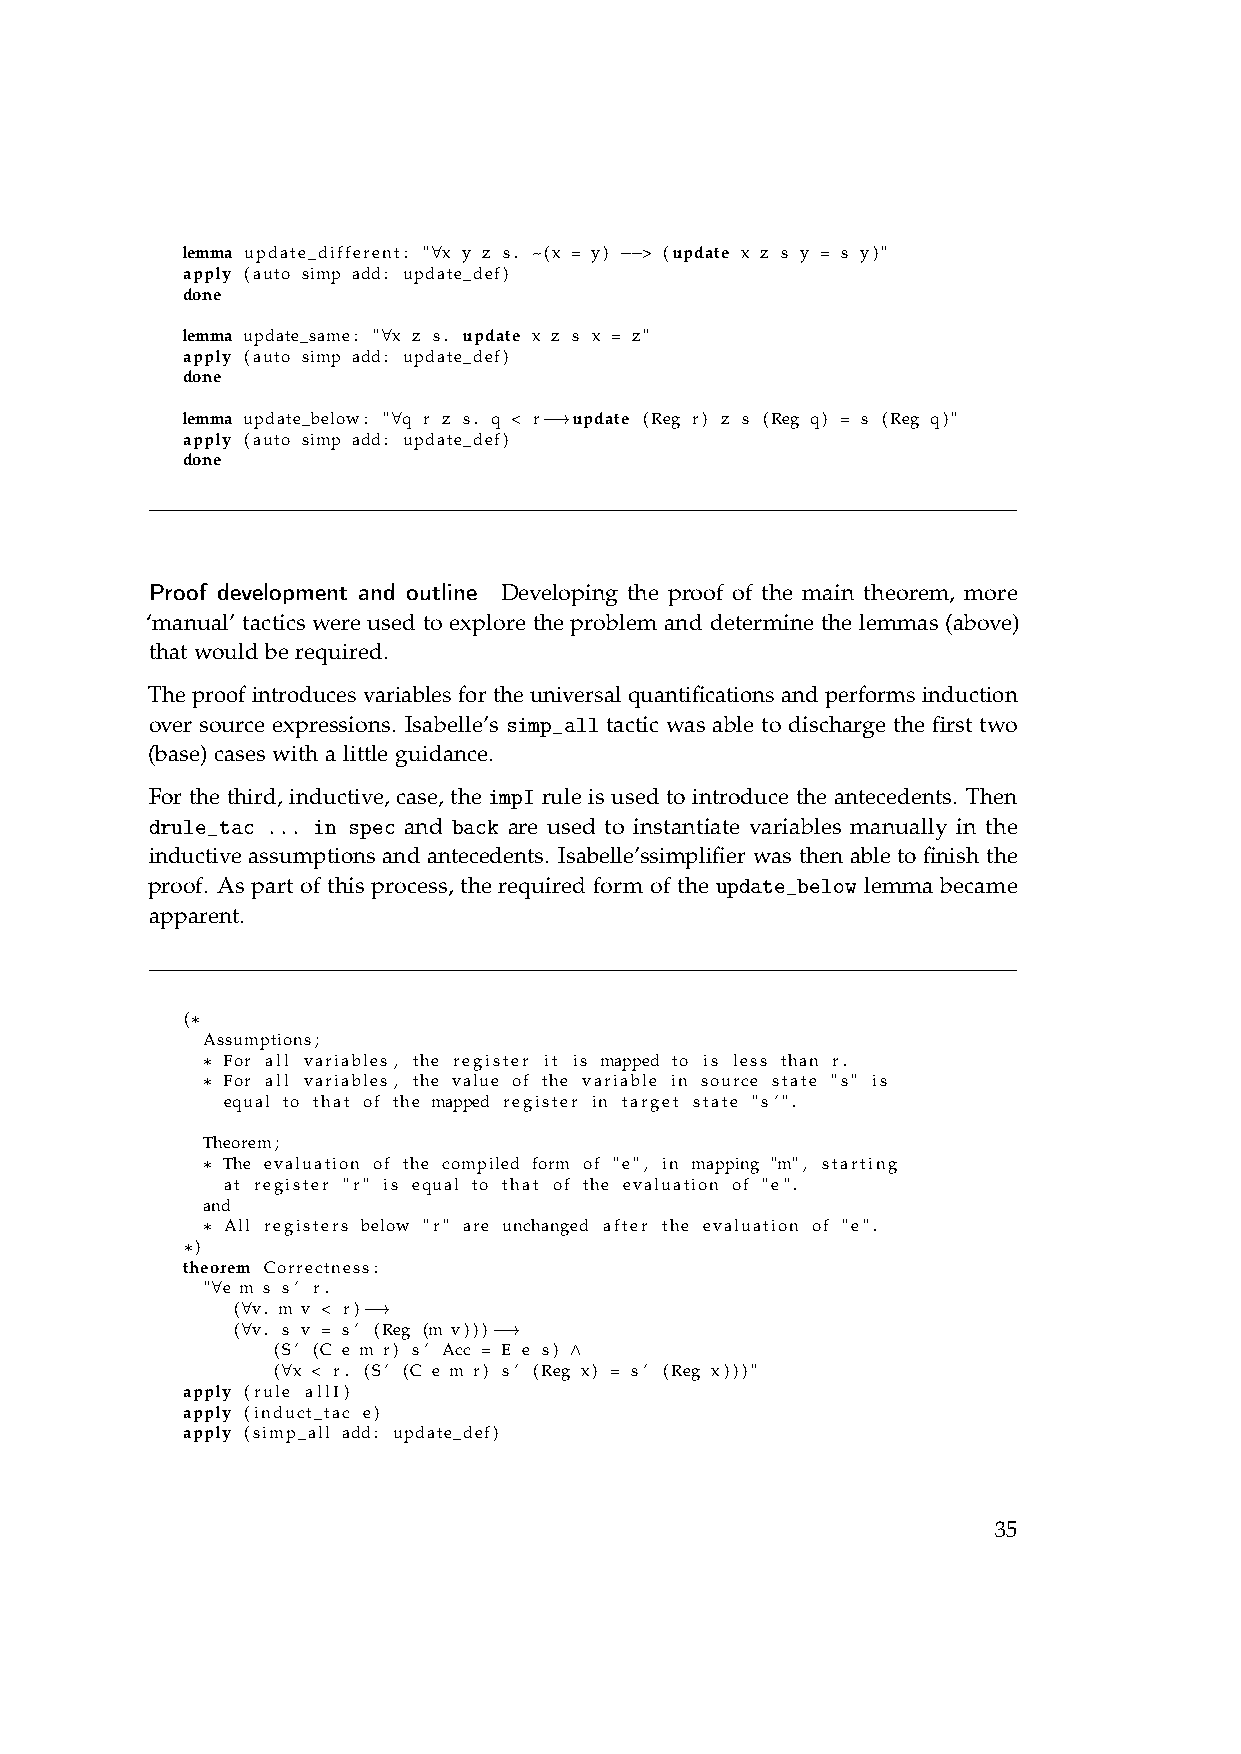
lemma update_different: "∀x y z s. ~(x = y) −−> (update x z s y = s y)"
 apply (auto simp add: update_def)
 done
 lemma update_same: "∀x z s. update x z s x = z"
 apply (auto simp add: update_def)
 done
 lemma update_below: "∀q r z s. q < r−→update (Reg r) z s (Reg q) = s (Reg q)"
 apply (auto simp add: update_def)
 done
 Proof development and outline Developing the proof of the main theorem, more
 ‘manual’ tactics were used to explore the problem and determine the lemmas (above)
 that would be required.
 The proof introduces variables for the universal quantifications and performs induction
 over source expressions. Isabelle’s simp_all tactic was able to discharge the first two
 (base) cases with a little guidance.
 For the third, inductive, case, the impI rule is used to introduce the antecedents. Then
 drule_tac ... in spec and back are used to instantiate variables manually in the
 inductive assumptions and antecedents. Isabelle’ssimplifier was then able to finish the
 proof. As part of this process, the required form of the update_below lemma became
 apparent.
 (∗
 Assumptions;
 ∗ For all variables , the register it is mapped to is less than r.
 ∗ For all variables , the value of the variable in source state "s" is
 equal to that of the mapped register in target state "s’".
 Theorem;
 ∗ The evaluation of the compiled form of "e", in mapping "m", starting
 at register "r" is equal to that of the evaluation of "e".
 and
 ∗ All registers below "r" are unchanged after the evaluation of "e".
 ∗)
 theorem Correctness:
 "∀e m s s’ r.
 (∀v. m v < r)−→
 (∀v. s v = s’ (Reg (m v)))−→
 (S’ (C e m r) s’ Acc = E e s) ∧
 (∀x < r. (S’ (C e m r) s’ (Reg x) = s’ (Reg x)))"
 apply (rule allI)
 apply (induct_tac e)
 apply (simp_all add: update_def)
 35